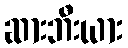
ဆားဘီးယား